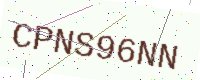
Text: CPNS96NN